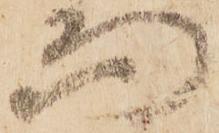
而